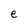
Character: e